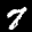
Label: 7